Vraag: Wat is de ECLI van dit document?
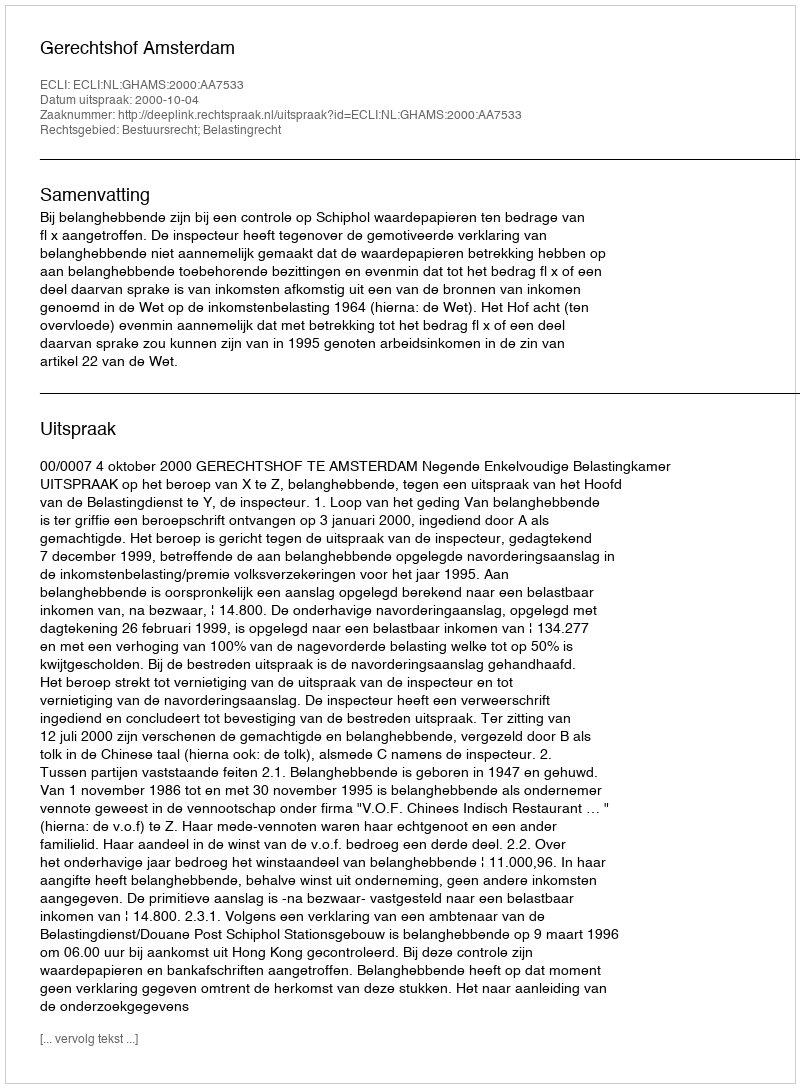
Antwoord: ECLI:NL:GHAMS:2000:AA7533